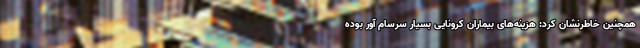
همچنین خاطرنشان کرد: هزینه‌های بیماران کرونایی بسیار سرسام آور بوده